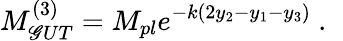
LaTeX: M_{\mathscr{G}UT}^{(3)}=M_{pl}e^{-k(2y_{2}-y_{1}-y_{3})}~.~\,